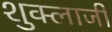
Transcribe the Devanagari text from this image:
शुक्लाजी